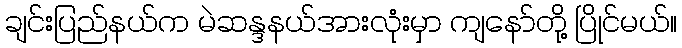
ချင်းပြည်နယ်က မဲဆန္ဒနယ်အားလုံးမှာ ကျနော်တို့ ပြိုင်မယ်။